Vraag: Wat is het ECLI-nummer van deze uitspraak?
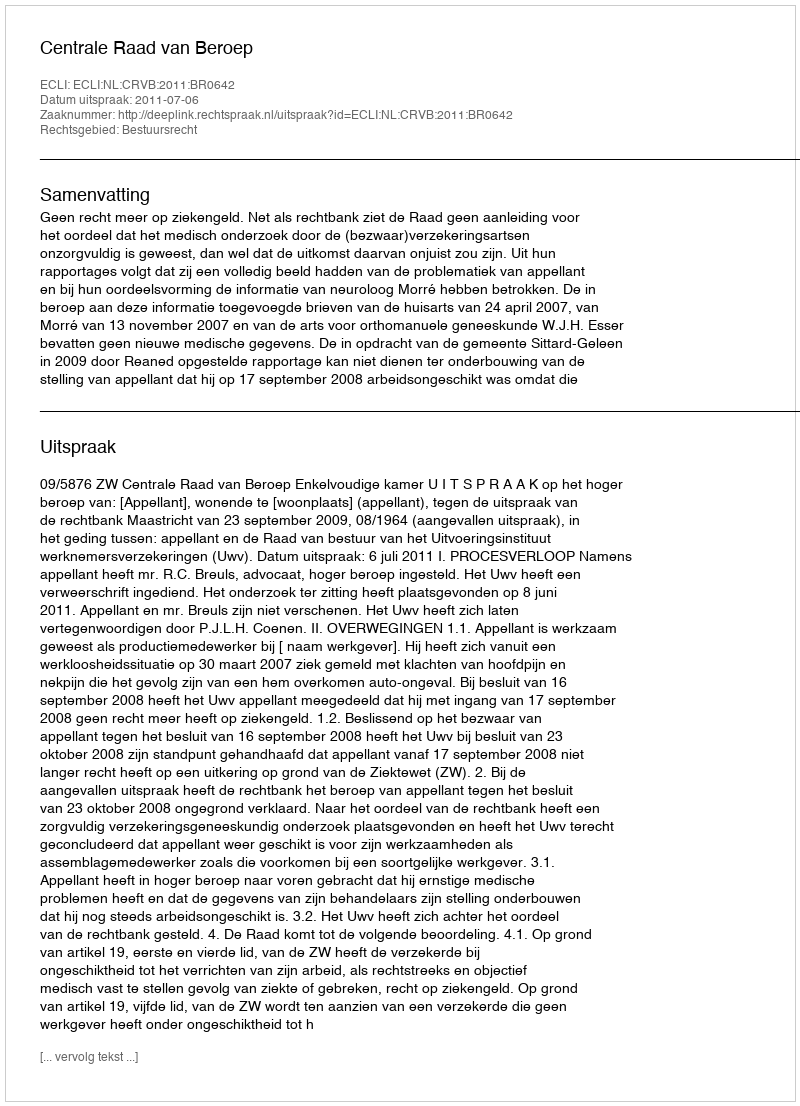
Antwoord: ECLI:NL:CRVB:2011:BR0642